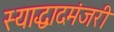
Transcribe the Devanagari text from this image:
स्याद्धादमंजरी